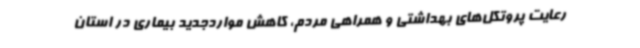
رعایت پروتکل‌های بهداشتی و همراهی مردم، کاهش مواردجدید بیماری در استان